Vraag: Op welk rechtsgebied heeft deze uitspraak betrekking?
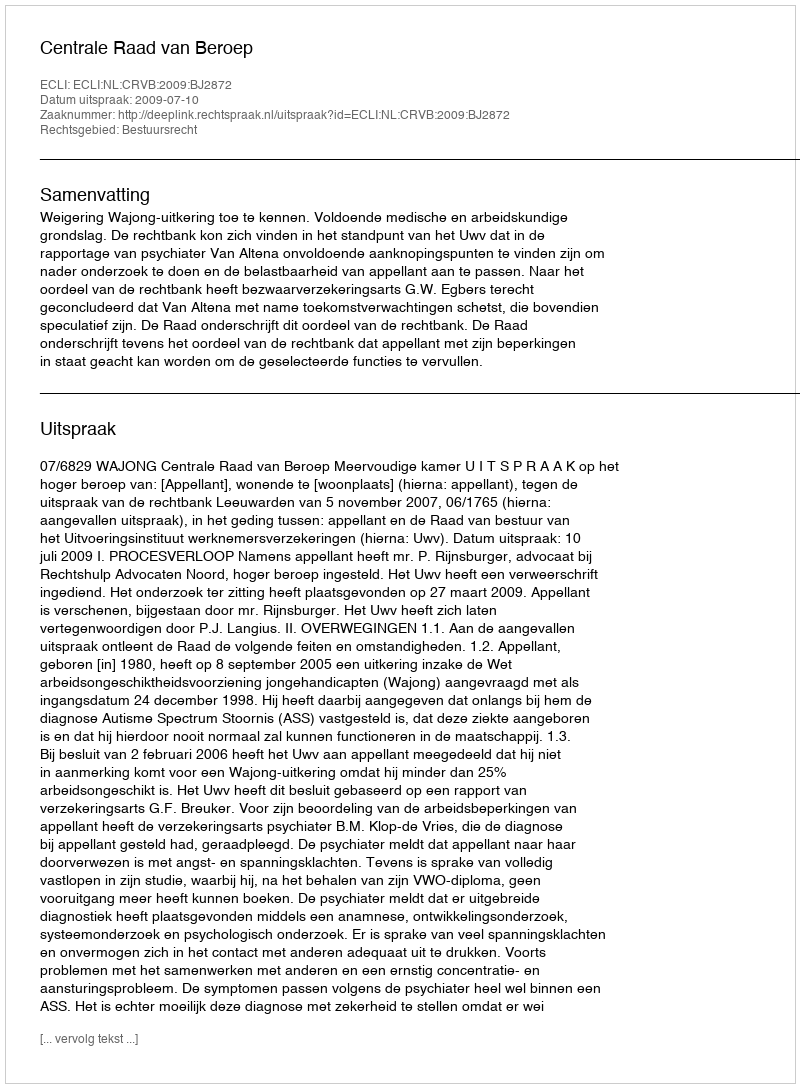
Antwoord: Bestuursrecht